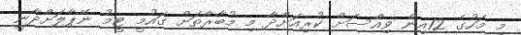
މި މަހުގެ 12އިން ވިއްސަށް ކުރިއަށްދާ މި މުބާރާތަށް ގައުމީ ޓީމު ނޭޕާލަށްދާނީ